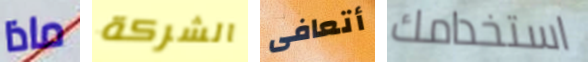
ماذا الشركة أتعافى استخدامك